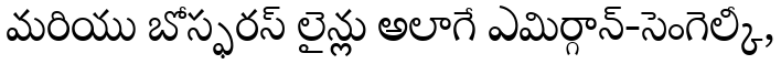
మరియు బోస్ఫరస్ లైన్లు అలాగే ఎమిర్గాన్-సెంగెల్కీ,